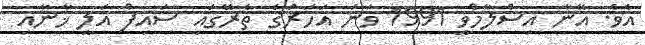
އެވެ. އޭނާ އިސްލާމްވީ 1991 ވަނަ އަހަރުގެ ތެރޭގައި ސައިފް އަލީ ޚާނާއި